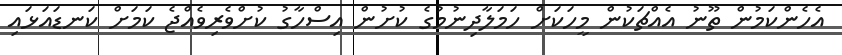
އެހެންކަމުން ތޫނު އެއްޗަކުން މީހަކަށް ހަމަލާދިނުމުގެ ކުށުން އިސްހާގު ކުށްވެރިވެއްޖެ ކަމަށް ކަނޑައަޅައި